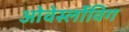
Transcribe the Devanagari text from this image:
ओवेर्स्लोविग